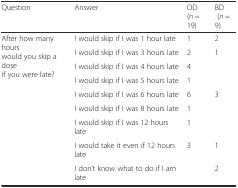
<table><thead><tr><td><b>Question</b></td><td><b>Answer</b></td><td><b>OD (<i>n</i> = 19)</b></td><td><b>BD (<i>n</i> = 9)</b></td></tr></thead><tbody><tr><td rowspan="9">After how many hours would you skip a dose if you were late?</td><td>I would skip if I was 1 hour late</td><td>1</td><td>2</td></tr><tr><td>I would skip if I was 3 hours late</td><td>2</td><td>1</td></tr><tr><td>I would skip if I was 4 hours late</td><td>4</td><td></td></tr><tr><td>I would skip if I was 5 hours late</td><td>1</td><td></td></tr><tr><td>I would skip if I was 6 hours late</td><td>6</td><td>3</td></tr><tr><td>I would skip if I was 8 hours late</td><td>1</td><td></td></tr><tr><td>I would skip if I was 12 hours late</td><td>1</td><td></td></tr><tr><td>I would take it even if 12 hours late</td><td>3</td><td>1</td></tr><tr><td>I don’t know what to do if I am late</td><td></td><td>2</td></tr></tbody></table>